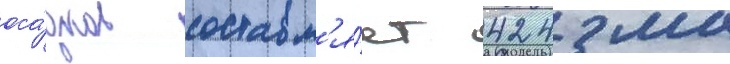
оса́дков составл'я́ет 424 мм